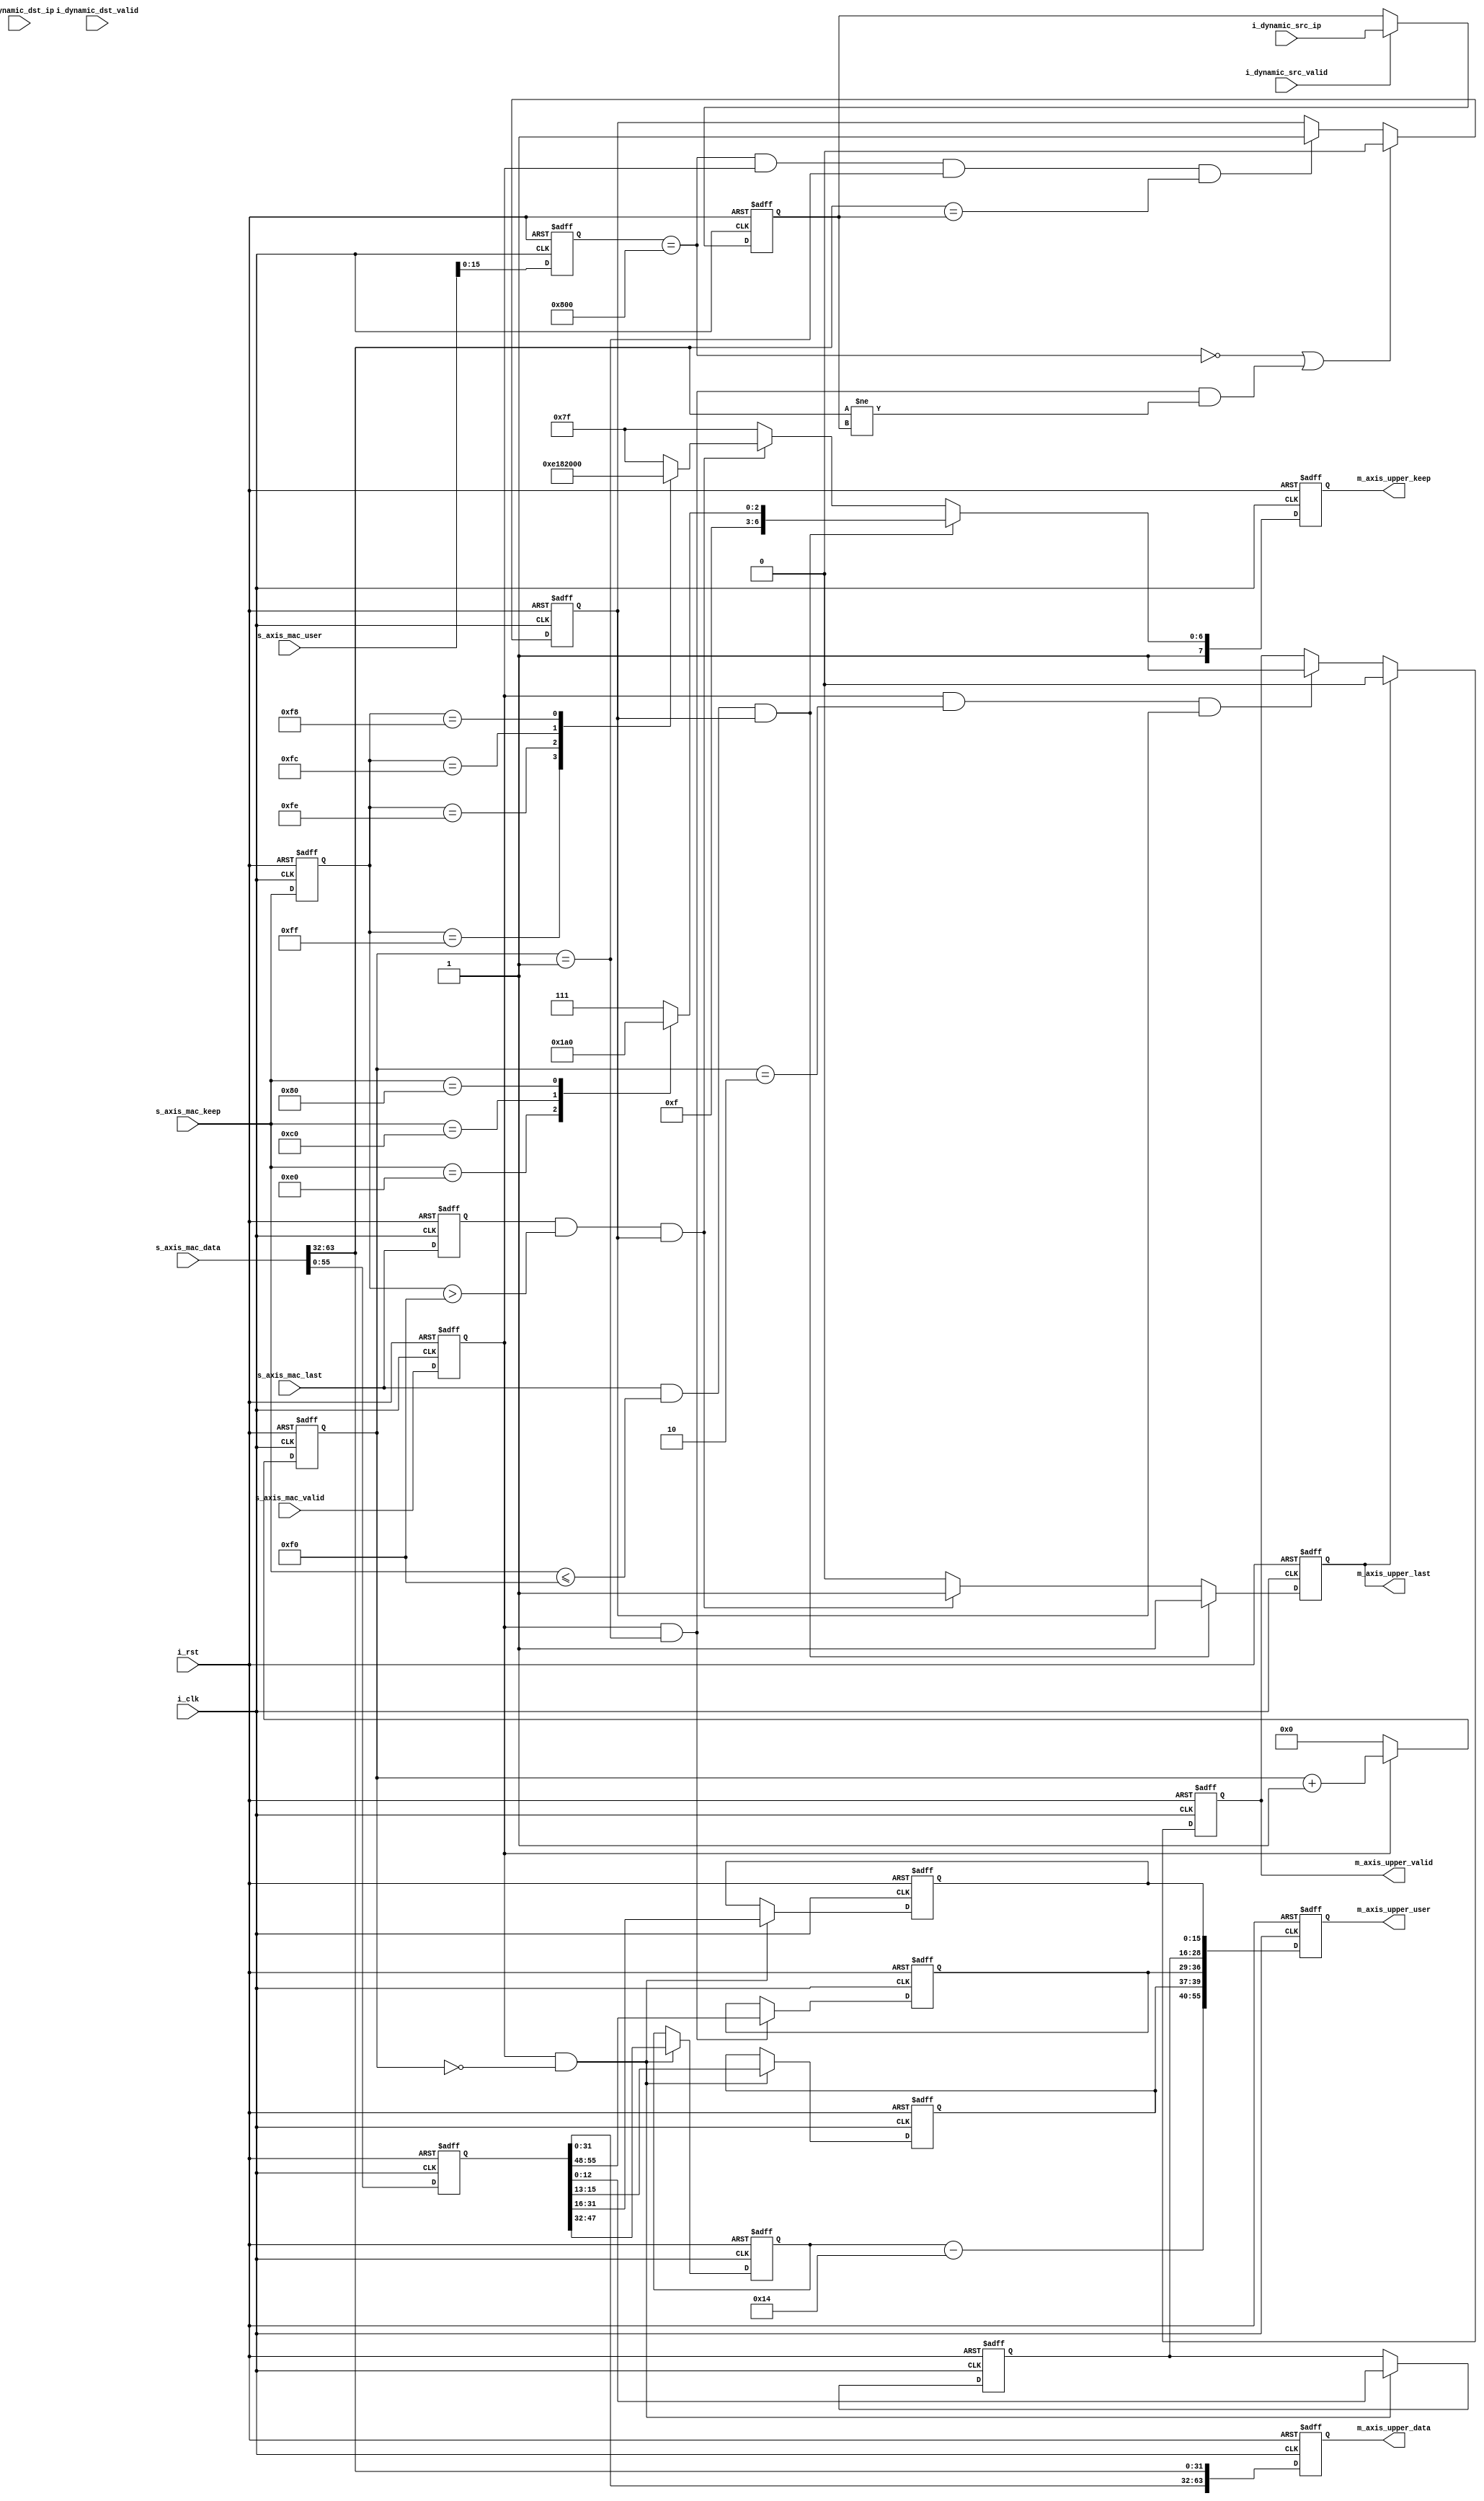
`timescale 1ns / 1ps
//////////////////////////////////////////////////////////////////////////////////
// Company: 
// Engineer: 
// 
// Design Name: 
// Module Name: IP_RX
// Project Name: 
// Target Devices: 
// Tool Versions: 
// Description: 
// 
// Dependencies: 
// 
// Revision:
// Revision 0.01 - File Created
// Additional Comments:
// 
//////////////////////////////////////////////////////////////////////////////////


module IP_RX#(
    parameter       P_SRC_IP_ADDR   = {8'd192,8'd168,8'd100,8'd99},
    parameter       P_DST_IP_ADDR   = {8'd192,8'd168,8'd100,8'd100}
)(
    input           i_clk               ,
    input           i_rst               ,
    input  [31:0]   i_dynamic_src_ip    ,
    input           i_dynamic_src_valid ,
    input  [31:0]   i_dynamic_dst_ip    ,
    input           i_dynamic_dst_valid ,
    /*****MAC AXIS interface*****/
    input  [63:0]   s_axis_mac_data     ,
    input  [79:0]   s_axis_mac_user     ,//{16'dlen,r_src_mac[47:0],16'dr_type}
    input  [7 :0]   s_axis_mac_keep     ,
    input           s_axis_mac_last     ,
    input           s_axis_mac_valid    ,
    /*****upper layer AXIS interface*****/
    output [63:0]   m_axis_upper_data   ,
    output [55:0]   m_axis_upper_user   ,//{16'dlen,3'bflag,8'dtype,13'doffset,16'dID}
    output [7 :0]   m_axis_upper_keep   ,
    output          m_axis_upper_last   ,
    output          m_axis_upper_valid  
);
/******************************function*****************************/

/******************************parameter****************************/

/******************************mechine******************************/

/******************************reg**********************************/
reg  [31:0]     r_dynamic_src_ip    ;
reg  [31:0]     r_dynamic_dst_ip    ;
(* MARK_DEBUG = "TRUE" *)reg  [63:0]     rs_axis_mac_data    ;
(* MARK_DEBUG = "TRUE" *)reg  [79:0]     rs_axis_mac_user    ;
(* MARK_DEBUG = "TRUE" *)reg  [7 :0]     rs_axis_mac_keep    ;
(* MARK_DEBUG = "TRUE" *)reg             rs_axis_mac_last    ;
(* MARK_DEBUG = "TRUE" *)reg             rs_axis_mac_valid   ;
(* MARK_DEBUG = "TRUE" *)reg  [63:0]     rm_axis_upper_data  ;
(* MARK_DEBUG = "TRUE" *)reg  [55:0]     rm_axis_upper_user  ;
(* MARK_DEBUG = "TRUE" *)reg  [7 :0]     rm_axis_upper_keep  ;
(* MARK_DEBUG = "TRUE" *)reg             rm_axis_upper_last  ;
(* MARK_DEBUG = "TRUE" *)reg             rm_axis_upper_valid ;

reg  [15:0]     r_recv_cnt          ;
(* MARK_DEBUG = "TRUE" *)reg  [15:0]     r_ip_total_length   ;
reg  [15:0]     r_Identification    ;
(* MARK_DEBUG = "TRUE" *)reg  [2 :0]     r_flags             ;
(* MARK_DEBUG = "TRUE" *)reg  [12:0]     r_offset            ;
(* MARK_DEBUG = "TRUE" *)reg  [7 :0]     r_protocol_type     ;
(* MARK_DEBUG = "TRUE" *)reg  [31:0]     r_recv_src_ip       ;
(* MARK_DEBUG = "TRUE" *)reg  [31:0]     r_recv_dst_ip       ;
(* MARK_DEBUG = "TRUE" *)reg             r_ip_access         ;
/******************************wire*********************************/
(* MARK_DEBUG = "TRUE" *)wire        w_ip_pkt_valid  ;
(* MARK_DEBUG = "TRUE" *)wire [15:0] w_ip_pkt_64bit_len    ;
(* MARK_DEBUG = "TRUE" *)wire [15:0] w_ip_pkt_payload_len    ;
/******************************component****************************/

/******************************assign*******************************/
assign m_axis_upper_data  = rm_axis_upper_data  ;
assign m_axis_upper_user  = rm_axis_upper_user  ;
assign m_axis_upper_keep  = rm_axis_upper_keep  ;
assign m_axis_upper_last  = rm_axis_upper_last  ;
assign m_axis_upper_valid = rm_axis_upper_valid ;
assign w_ip_pkt_valid     = rs_axis_mac_user[15:0] == 16'h0800;
assign w_ip_pkt_payload_len = r_ip_total_length - 16'd20;
assign w_ip_pkt_64bit_len = w_ip_pkt_payload_len[2:0] == 0 ? w_ip_pkt_payload_len >> 3
                            :  ((w_ip_pkt_payload_len >> 3) + 16'd1);
/******************************always*******************************/
always @(posedge i_clk or posedge i_rst)begin
    if(i_rst)
        r_dynamic_src_ip <= P_SRC_IP_ADDR;
    else if(i_dynamic_src_valid)
        r_dynamic_src_ip <= i_dynamic_src_ip;
    else
        r_dynamic_src_ip <= r_dynamic_src_ip;
end

always @(posedge i_clk or posedge i_rst)begin
    if(i_rst)
        r_dynamic_dst_ip <= P_DST_IP_ADDR;
    else if(i_dynamic_dst_valid)
        r_dynamic_dst_ip <= i_dynamic_dst_ip;
    else
        r_dynamic_dst_ip <= r_dynamic_dst_ip;
end

always @(posedge i_clk or posedge i_rst)begin
    if(i_rst)begin
        rs_axis_mac_data  <= 'd0;
        rs_axis_mac_user  <= 'd0;
        rs_axis_mac_keep  <= 'd0;
        rs_axis_mac_last  <= 'd0;
        rs_axis_mac_valid <= 'd0;
    end
    else begin
        rs_axis_mac_data  <= s_axis_mac_data ;
        rs_axis_mac_user  <= s_axis_mac_user ;
        rs_axis_mac_keep  <= s_axis_mac_keep ;
        rs_axis_mac_last  <= s_axis_mac_last ;
        rs_axis_mac_valid <= s_axis_mac_valid;
    end
end

always @(posedge i_clk or posedge i_rst)begin
    if(i_rst)
        r_recv_cnt <= 'd0;
    else if(rs_axis_mac_valid)
        r_recv_cnt <= r_recv_cnt + 'd1;
    else
        r_recv_cnt <= 'd0;
end

//
always @(posedge i_clk or posedge i_rst)begin
    if(i_rst)
        r_ip_total_length <= 'd0;
    else if(rs_axis_mac_valid && r_recv_cnt == 0)
        r_ip_total_length <= rs_axis_mac_data[47:32];
    else
        r_ip_total_length <= r_ip_total_length;
end

always @(posedge i_clk or posedge i_rst)begin
    if(i_rst)
        r_Identification <= 'd0;
    else if(rs_axis_mac_valid && r_recv_cnt == 0)
        r_Identification <= rs_axis_mac_data[31:16];
    else
        r_Identification <= r_Identification;
end

always @(posedge i_clk or posedge i_rst)begin
    if(i_rst)
        r_flags <= 'd0;
    else if(rs_axis_mac_valid && r_recv_cnt == 0)
        r_flags <= rs_axis_mac_data[15:13];
    else
        r_flags <= r_flags;
end

always @(posedge i_clk or posedge i_rst)begin
    if(i_rst)
        r_offset <= 'd0;
    else if(rs_axis_mac_valid && r_recv_cnt == 0)
        r_offset <= rs_axis_mac_data[12:0];
    else
        r_offset <= r_offset;
end

always @(posedge i_clk or posedge i_rst)begin
    if(i_rst)
        r_protocol_type <= 'd0;
    else if(rs_axis_mac_valid && r_recv_cnt == 1)
        r_protocol_type <= rs_axis_mac_data[55:48];
    else
        r_protocol_type <= r_protocol_type;
end

always @(posedge i_clk or posedge i_rst)begin
    if(i_rst)
        r_recv_src_ip <= 'd0;
    else if(rs_axis_mac_valid && r_recv_cnt == 1)
        r_recv_src_ip <= rs_axis_mac_data[31:0];
    else
        r_recv_src_ip <= r_recv_dst_ip;
end

always @(posedge i_clk or posedge i_rst)begin
    if(i_rst)
        r_recv_dst_ip <= 'd0;
    else if(rs_axis_mac_valid && r_recv_cnt == 2)
        r_recv_dst_ip <= rs_axis_mac_data[63:32];
    else
        r_recv_dst_ip <= r_recv_dst_ip;
end
//r_ip_accessrm_axis_upper_valid
always @(posedge i_clk or posedge i_rst)begin
    if(i_rst)
        r_ip_access <= 'd0;
    else if((!w_ip_pkt_valid) || (rs_axis_mac_valid && (r_recv_cnt == 1) && (s_axis_mac_data[63:32] != r_dynamic_src_ip)))
        r_ip_access <= 'd0;
    else if(w_ip_pkt_valid && rs_axis_mac_valid && (r_recv_cnt == 1) && (s_axis_mac_data[63:32] == r_dynamic_src_ip))
        r_ip_access <= 'd1;
    else
        r_ip_access <= r_ip_access; 
end

always @(posedge i_clk or posedge i_rst)begin
    if(i_rst)
        rm_axis_upper_data <= 'd0;
    else
        rm_axis_upper_data <= {rs_axis_mac_data[31:0],s_axis_mac_data[63:32]};
end

always @(posedge i_clk or posedge i_rst)begin
    if(i_rst)
        rm_axis_upper_user <= 'd0;
    else
        rm_axis_upper_user <= {w_ip_pkt_payload_len,r_flags,r_protocol_type,r_offset,r_Identification};
end

always @(posedge i_clk or posedge i_rst)begin
    if(i_rst)
        rm_axis_upper_keep <= 8'b1111_1111;
    else if(s_axis_mac_last && s_axis_mac_keep <= 8'b1111_0000 && r_ip_access)
        case (s_axis_mac_keep)
            8'b1111_0000 : rm_axis_upper_keep <= 8'b1111_1111;
            8'b1110_0000 : rm_axis_upper_keep <= 8'b1111_1110;
            8'b1100_0000 : rm_axis_upper_keep <= 8'b1111_1100;
            8'b1000_0000 : rm_axis_upper_keep <= 8'b1111_1000;
            default      : rm_axis_upper_keep <= 8'b1111_1111;
        endcase
    else if(rs_axis_mac_last && rs_axis_mac_keep > 8'b1111_0000 && r_ip_access)
        case (rs_axis_mac_keep)
            8'b1111_1111 : rm_axis_upper_keep <= 8'b1111_0000;
            8'b1111_1110 : rm_axis_upper_keep <= 8'b1110_0000;
            8'b1111_1100 : rm_axis_upper_keep <= 8'b1100_0000;
            8'b1111_1000 : rm_axis_upper_keep <= 8'b1000_0000;
            default      : rm_axis_upper_keep <= 8'b1111_1111;
        endcase    
    else
        rm_axis_upper_keep <= 8'b1111_1111;
end

always @(posedge i_clk or posedge i_rst)begin
    if(i_rst)
        rm_axis_upper_last <= 'd0;
    else if(s_axis_mac_last && s_axis_mac_keep <= 8'b1111_0000 && r_ip_access)
        rm_axis_upper_last <= 'd1;
    else if(rs_axis_mac_last && rs_axis_mac_keep > 8'b1111_0000 && r_ip_access)
        rm_axis_upper_last <= 'd1;
    else
        rm_axis_upper_last <= 'd0; 
end

//
always @(posedge i_clk or posedge i_rst)begin
    if(i_rst)
        rm_axis_upper_valid <= 'd0;
    else if(rm_axis_upper_last)
        rm_axis_upper_valid <= 'd0;
    else if(rs_axis_mac_valid && r_recv_cnt == 2 && r_ip_access)
        rm_axis_upper_valid <= 'd1;
    else
        rm_axis_upper_valid <= rm_axis_upper_valid;
end




endmodule